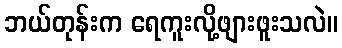
ဘယ်တုန်းက ရေကူးလို့ဖျားဖူးသလဲ။